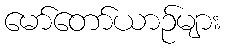
မော်တော်ယာဉ်များ